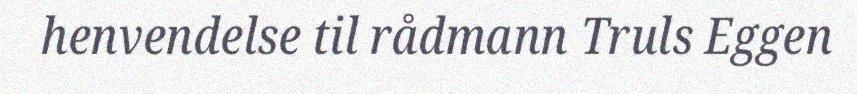
henvendelse til rådmann Truls Eggen